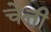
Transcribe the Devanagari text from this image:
चेत्ती